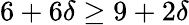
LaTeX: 6+6\delta\geq 9+2\delta